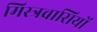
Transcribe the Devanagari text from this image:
मिस्त्रवासियों